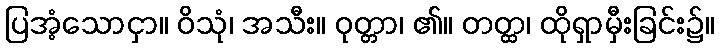
ပြအံ့သောငှာ။ ဝိသုံ၊ အသီး။ ဝုတ္တာ၊ ၏။ တတ္ထ၊ ထိုရှာမှီးခြင်း၌။